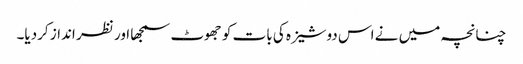
چنانچہ میں نے اس دوشیزہ کی بات کو جھوٹ سمجھا اور نظر انداز کردیا۔